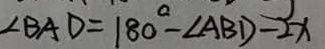
\angle B A D = 1 8 0 ^ { \circ } - \angle A B D - 2 x